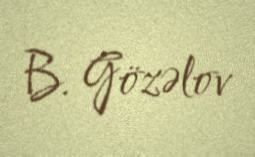
B. Gözəlov